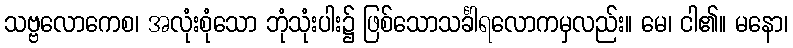
သဗ္ဗလောကေစ၊ အလုံးစုံသော ဘုံသုံးပါး၌ ဖြစ်သောသင်္ခါရလောကမှလည်း။ မေ၊ ငါ၏။ မနော၊